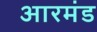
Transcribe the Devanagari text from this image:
आरमंड